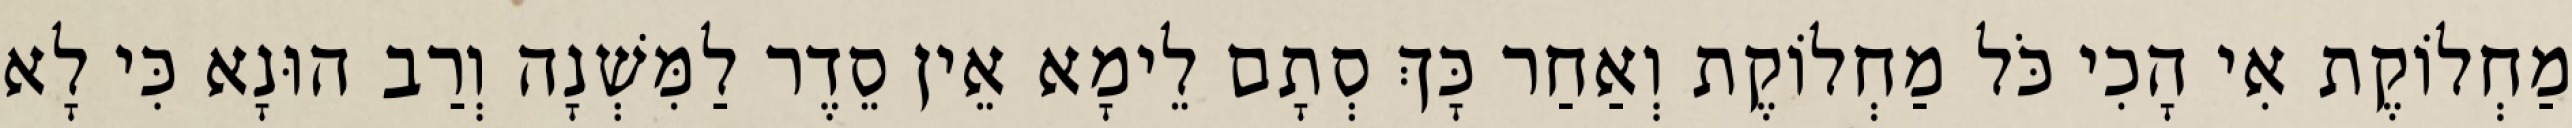
מַחְלוֹקֶת אִי הָכִי כֹּל מַחְלוֹקֶת וְאַחַר כָּךְ סְתָם לֵימָא אֵין סֵדֶר לַמִּשְׁנָה וְרַב הוּנָא כִּי לָא